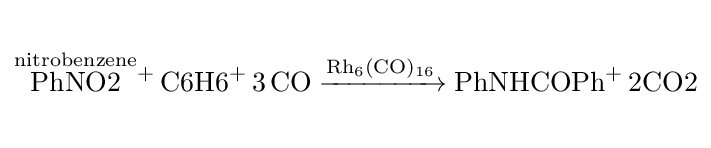
{\begin{matrix}{}\\{\ce {{\overset {nitrobenzene}{PhNO2}}+ {C6H6}+ 3CO ->[{\ce {Rh6(CO)16}}] {PhNHCOPh}+ {2CO2}}}\\{}\end{matrix}}